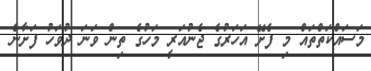
މަސައްކަތްތައް މި ފެށޭ އަހަރުގެ ޖެނުއަރީ މަހުގެ ތިން ވަނަ ދުވަހު ފަށާނެ